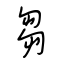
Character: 芻